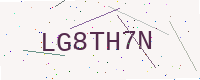
Text: LG8TH7N